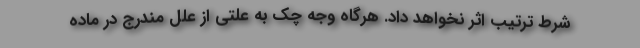
شرط ترتیب اثر نخواهد داد. هرگاه وجه چک به علتی از علل مندرج در ماده